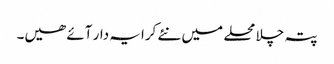
پتہ چلا محلے میں نئے کرایہ دار آئے ھیں۔